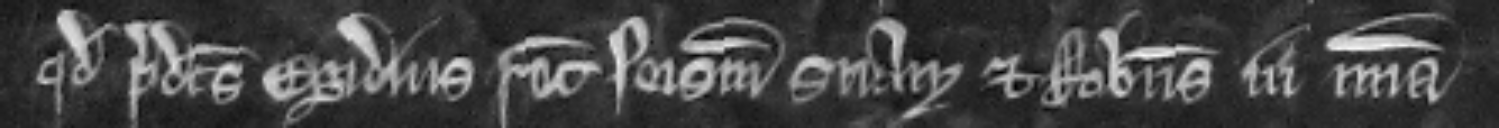
quod predictus Egidius recuperet seisinam suam et Robertus in misericordia.